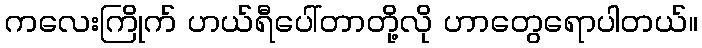
ကလေးကြိုက် ဟယ်ရီပေါ်တာတို့လို ဟာတွေရောပါတယ်။